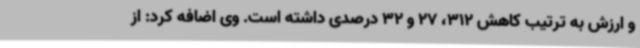
و ارزش به ترتیب کاهش 312، 27 و 32 درصدی داشته است. وی اضافه کرد: از